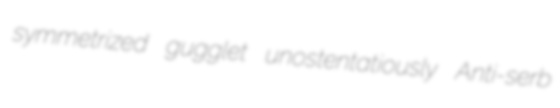
symmetrized gugglet unostentatiously Anti-serb